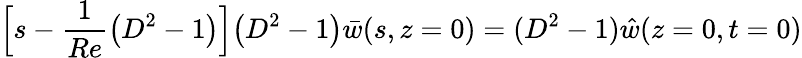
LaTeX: \Big[s-\frac{1}{Re}\big(D^{2}-1\big)\Big]\big(D^{2}-1\big)\bar{w}(s,z=0)=(D^{2}-1)\hat{w}(z=0,t=0)